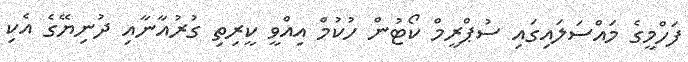
ފަހްމީގެ މައްސަލައިގައި ސުޕްރީމް ކޯޓުން ހުކުމް އިއްވީ ކީރިތި ގުރުއާނާއި ދުނިޔޭގެ އެކި